Indian journal of veterinary science and animal husbandry - Volumes 26-27, 1956-1957
Year: 1956
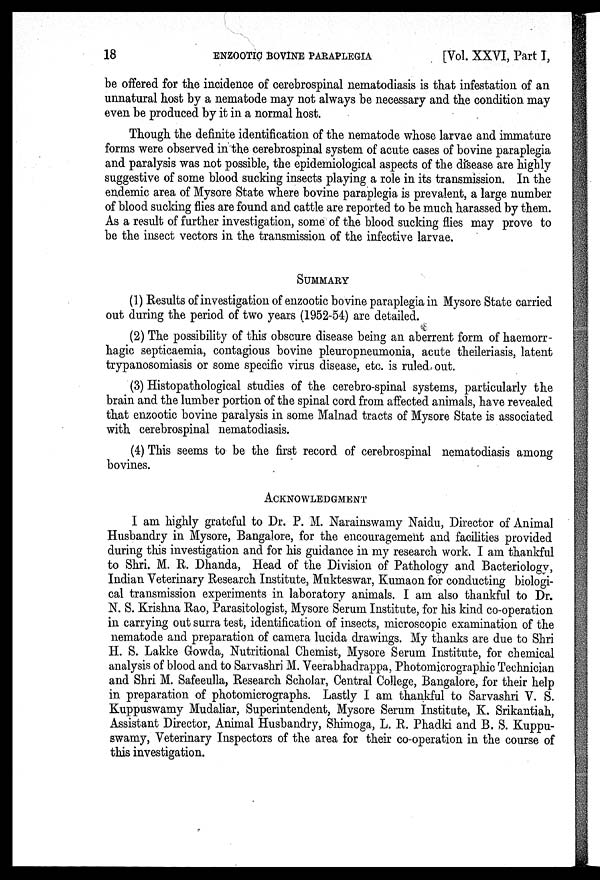
18
ENZOOTIC
BOVINE
PARAPLEGIA
[Vol. XXVI, Part I,
be offered for the incidence of cerebrospinal nematodiasis is that infestation of an
unnatural host by a nematode may not always be necessary and the condition may
even be produced by it in a normal host.
Though the definite identification of the nematode whose larvae and immature
forms were observed in the cerebrospinal system of acute cases of bovine paraplegia
and paralysis was not possible, the epidemiological aspects of the disease are highly
suggestive of some blood sucking insects playing a role in its transmission. In the
endemic area of Mysore State where bovine paraplegia is prevalent, a large number
of blood sucking flies are found and cattle are reported to be much harassed by them.
As a result of further investigation, some of the blood sucking flies may prove to
be the insect vectors in the transmission of the infective larvae.
SUMMARY
(1) Results of investigation of enzootic bovine paraplegia in Mysore State carried
out during the period of two years (1952-54) are detailed.
(2) The possibility of this obscure disease being an aberrent form of haemorr-
hagic septicaemia, contagious bovine pleuropneumonia, acute theileriasis, latent
trypanosomiasis or some specific virus disease, etc. is ruled out.
(3) Histopathological studies of the cerebro-spinal systems, particularly the
brain and the lumber portion of the spinal cord from affected animals, have revealed
that enzootic bovine paralysis in some Malnad tracts of Mysore State is associated
with cerebrospinal nematodiasis.
(4) This seems to be the first record of cerebrospinal nematodiasis among
bovines.
ACKNOWLEDGMENT
I am highly grateful to Dr. P. M. Narainswamy Naidu, Director of Animal
Husbandry in Mysore, Bangalore, for the encouragement and facilities provided
during this investigation and for his guidance in my research work. I am thankful
to Shri. M. R. Dhanda, Head of the Division of Pathology and Bacteriology,
Indian Veterinary Research Institute, Mukteswar, Kumaon for conducting biologi-
cal transmission experiments in laboratory animals. I am also thankful to Dr.
N. S. Krishna Rao, Parasitologist, Mysore Serum Institute, for his kind co-operation
in carrying out surra test, identification of insects, microscopic examination of the
nematode and preparation of camera lucida drawings. My thanks are due to Shri
H. S. Lakke Gowda, Nutritional Chemist, Mysore Serum Institute, for chemical
analysis of blood and to Sarvashri M. Veerabhadrappa, Photomicrographic Technician
and Shri M. Safeeulla, Research Scholar, Central College, Bangalore, for their help
in preparation of photomicrographs. Lastly I am thankful to Sarvashri V. S.
Kuppuswamy Mudaliar, Superintendent, Mysore Serum Institute, K. Srikantiah,
Assistant Director, Animal Husbandry, Shimoga, L. R. Phadki and B. S. Kuppu-
swamy, Veterinary Inspectors of the area for their co-operation in the course of
this investigation.